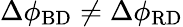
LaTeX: \Delta\phi_{\mathrm{BD}}\neq\Delta\phi_{\mathrm{RD}}